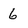
Character: 6